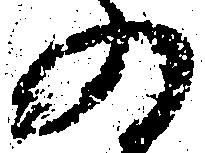
の